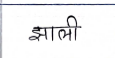
मजकूर: झाली